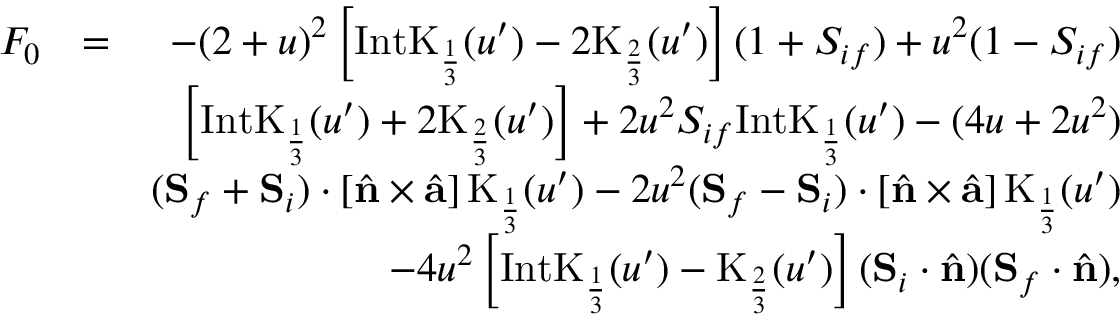
\begin{array} { r l r } { F _ { 0 } } & { = } & { - ( 2 + u ) ^ { 2 } \left[ \mathrm { I n t K } _ { \frac { 1 } { 3 } } ( u ^ { \prime } ) - 2 \mathrm { K } _ { \frac { 2 } { 3 } } ( u ^ { \prime } ) \right] ( 1 + { S } _ { i f } ) + u ^ { 2 } ( 1 - { S } _ { i f } ) } \\ & { } & { \left[ \mathrm { I n t K } _ { \frac { 1 } { 3 } } ( u ^ { \prime } ) + 2 \mathrm { K } _ { \frac { 2 } { 3 } } ( u ^ { \prime } ) \right] + 2 u ^ { 2 } { S } _ { i f } \mathrm { I n t K } _ { \frac { 1 } { 3 } } ( u ^ { \prime } ) - ( 4 u + 2 u ^ { 2 } ) } \\ & { } & { ( { \bf S } _ { f } + { \bf S } _ { i } ) \cdot \left[ \hat { \bf n } \times \hat { { \bf a } } \right] \mathrm { K } _ { \frac { 1 } { 3 } } ( u ^ { \prime } ) - 2 u ^ { 2 } ( { \bf S } _ { f } - { \bf S } _ { i } ) \cdot \left[ \hat { \bf n } \times \hat { { \bf a } } \right] \mathrm { K } _ { \frac { 1 } { 3 } } ( u ^ { \prime } ) } \\ & { } & { - 4 u ^ { 2 } \left[ \mathrm { I n t K } _ { \frac { 1 } { 3 } } ( u ^ { \prime } ) - \mathrm { K } _ { \frac { 2 } { 3 } } ( u ^ { \prime } ) \right] ( { \bf S } _ { i } \cdot \hat { \bf n } ) ( { \bf S } _ { f } \cdot \hat { \bf n } ) , } \end{array}